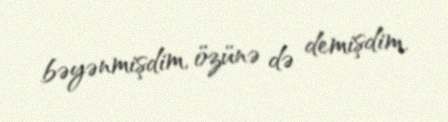
bəyənmişdim, özünə də demişdim.